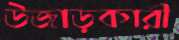
উজাড়কারী